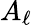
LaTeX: A_{\ell}